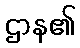
ဌာန၏